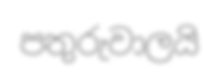
පතුරුවාලයි